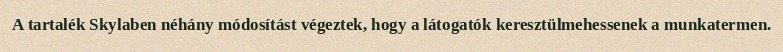
A tartalék Skylaben néhány módosítást végeztek, hogy a látogatók keresztülmehessenek a munkatermen.